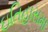
ઇતિહાસમા